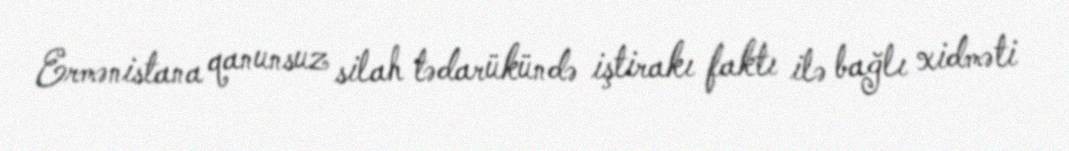
Ermənistana qanunsuz silah tədarükündə iştirakı faktı ilə bağlı xidməti